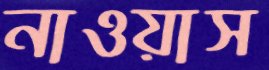
নাওয়াস